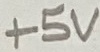
Text: +5V